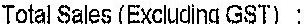
TOTAL SALES(EXCLUDING GST) :